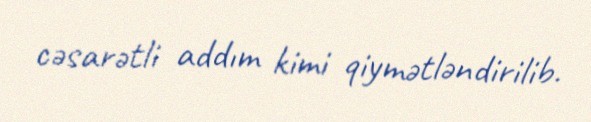
cəsarətli addım kimi qiymətləndirilib.